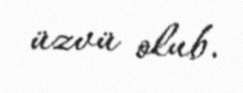
üzvü olub.